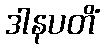
ဒါနပတိံ